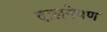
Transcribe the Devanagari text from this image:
दालनेपण